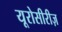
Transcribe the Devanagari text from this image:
यूरोसीरीज़